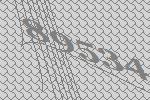
89534